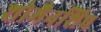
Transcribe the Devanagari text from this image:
शोमैनशिप